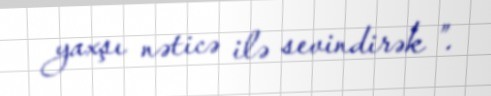
yaxşı nəticə ilə sevindirək ”.